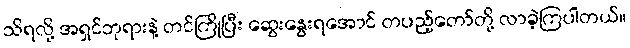
သိရလို့ အရှင်ဘုရားနဲ့ တင်ကြိုပြီး ဆွေးနွေးရအောင် တပည့်တော်တို့ လာခဲ့ကြပါတယ်။